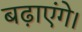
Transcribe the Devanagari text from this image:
बढ़ाएंगे।